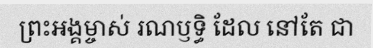
ព្រះអង្គម្ចាស់ រណឫទ្ធិ ដែល នៅតែ ជា